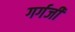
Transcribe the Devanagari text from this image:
गर्गजी